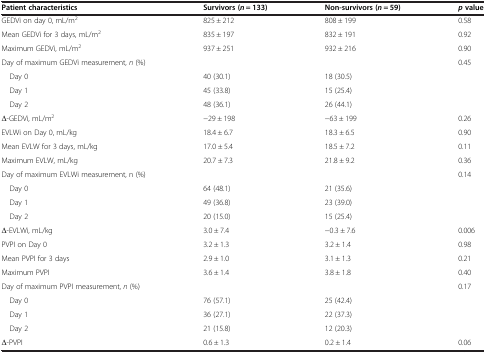
| Patient characteristics | Survivors (n = 133) | Non-survivors (n = 59) | pvalue |
 | --- | --- | --- | --- |
 | GEDVi on day 0, mL/m2 | 825 ± 212 | 808 ± 199 | 0.58 |
 | Mean GEDVi for 3 days, mL/m2 | 835 ± 197 | 832 ± 191 | 0.92 |
 | Maximum GEDVi, mL/m2 | 937 ± 251 | 932 ± 216 | 0.90 |
 | Day of maximum GEDVi measurement, n (%) |  |  | 0.45 |
 | Day 0 | 40 (30.1) | 18 (30.5) |  |
 | Day 1 | 45 (33.8) | 15 (25.4) |  |
 | Day 2 | 48 (36.1) | 26 (44.1) |  |
 | Δ-GEDVi, mL/m2 | −29 ± 198 | −63 ± 199 | 0.26 |
 | EVLWi on Day 0, mL/kg | 18.4 ± 6.7 | 18.3 ± 6.5 | 0.90 |
 | Mean EVLW for 3 days, mL/kg | 17.0 ± 5.4 | 18.5 ± 7.2 | 0.11 |
 | Maximum EVLW, mL/kg | 20.7 ± 7.3 | 21.8 ± 9.2 | 0.36 |
 | Day of maximum EVLWi measurement, n (%) |  |  | 0.14 |
 | Day 0 | 64 (48.1) | 21 (35.6) |  |
 | Day 1 | 49 (36.8) | 23 (39.0) |  |
 | Day 2 | 20 (15.0) | 15 (25.4) |  |
 | Δ-EVLWi, mL/kg | 3.0 ± 7.4 | −0.3 ± 7.6 | 0.006 |
 | PVPI on Day 0 | 3.2 ± 1.3 | 3.2 ± 1.4 | 0.98 |
 | Mean PVPI for 3 days | 2.9 ± 1.0 | 3.1 ± 1.3 | 0.21 |
 | Maximum PVPI | 3.6 ± 1.4 | 3.8 ± 1.8 | 0.40 |
 | Day of maximum PVPI measurement, n (%) |  |  | 0.17 |
 | Day 0 | 76 (57.1) | 25 (42.4) |  |
 | Day 1 | 36 (27.1) | 22 (37.3) |  |
 | Day 2 | 21 (15.8) | 12 (20.3) |  |
 | Δ-PVPI | 0.6 ± 1.3 | 0.2 ± 1.4 | 0.06 |